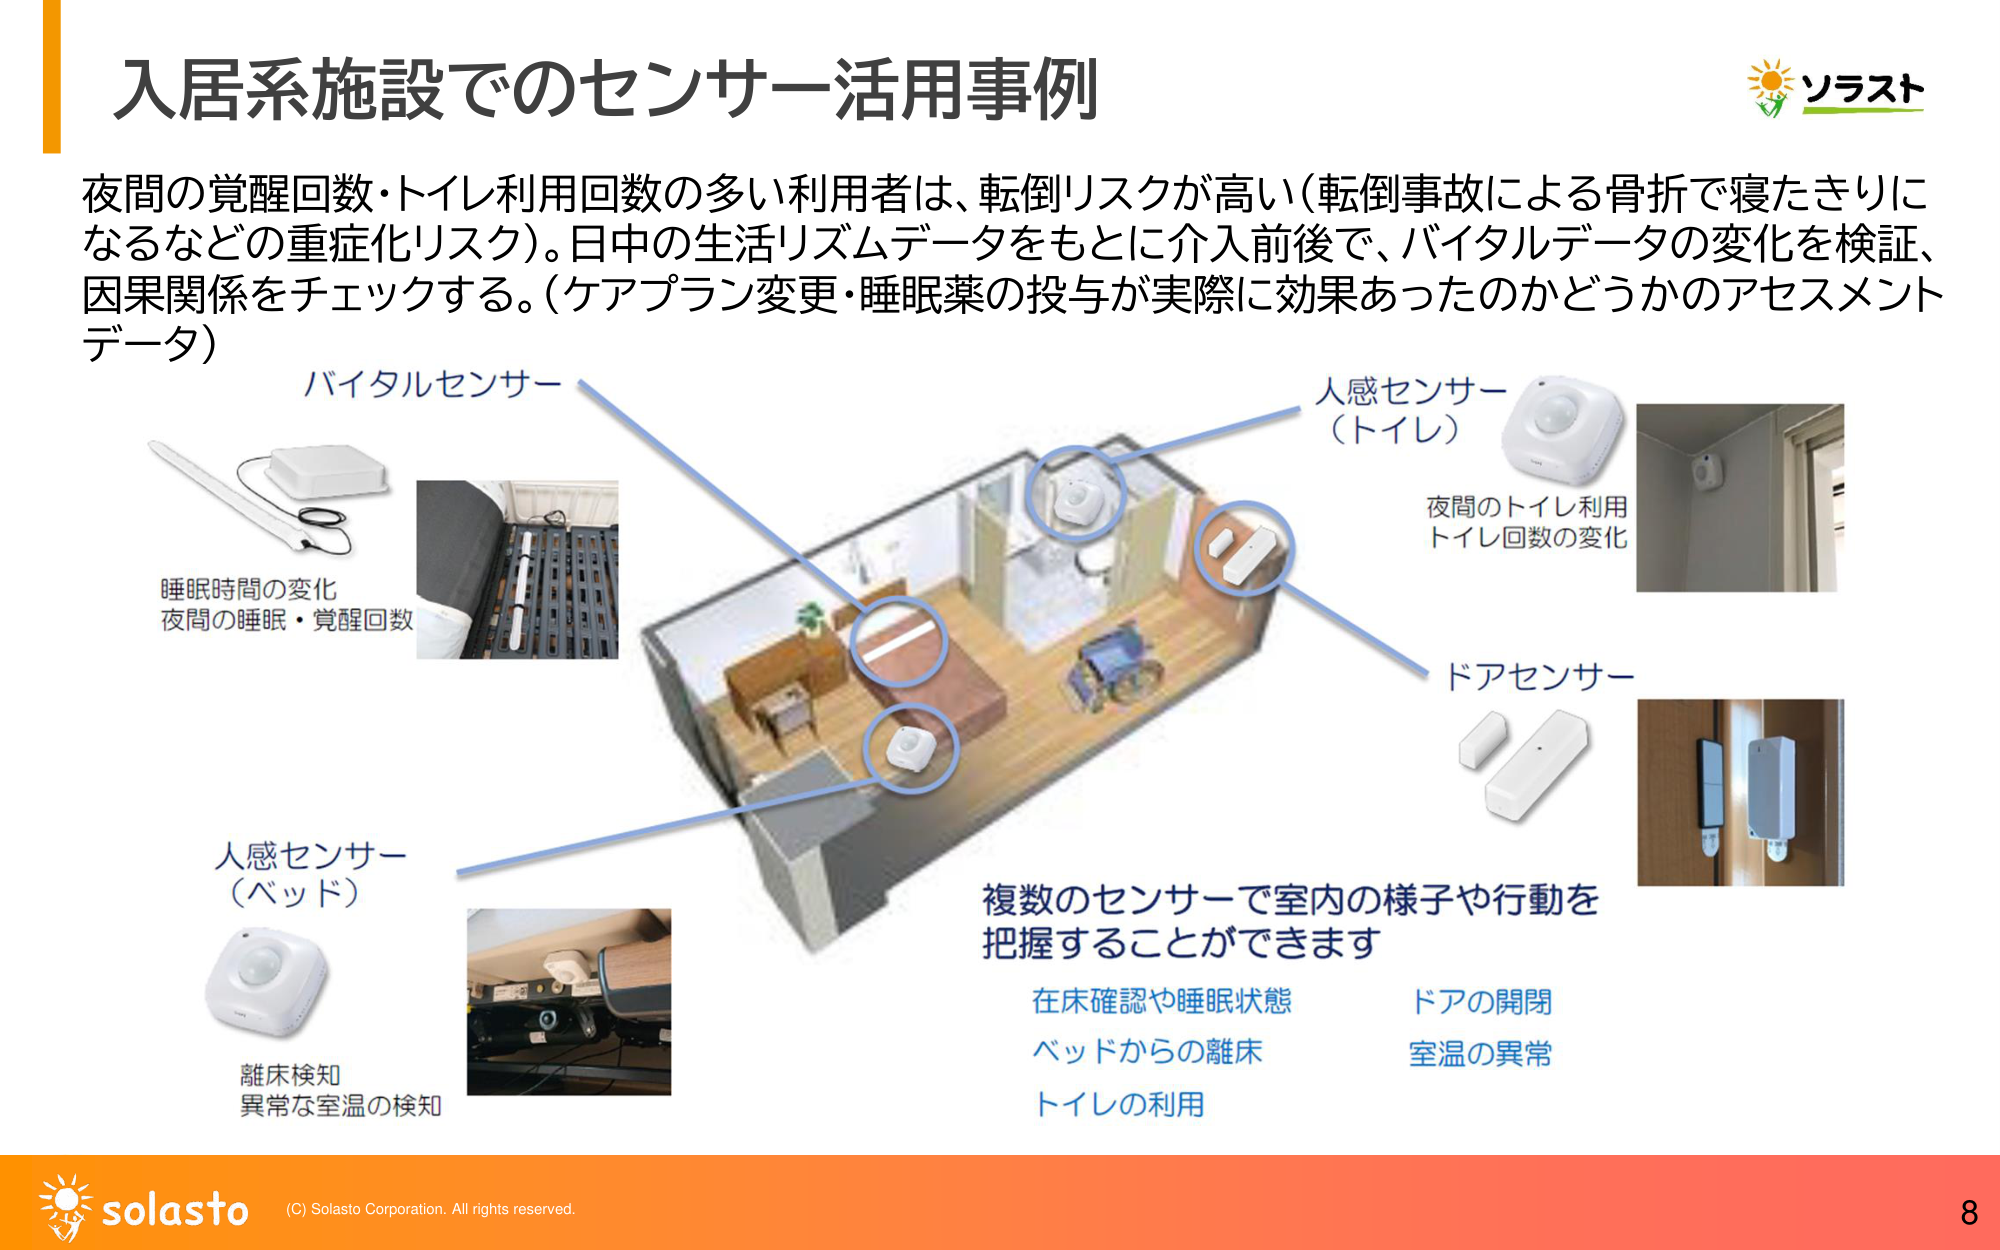
入居系施設でのセンサー活用事例

夜間の覚醒回数・トイレ利用回数の多い利用者は、転倒リスクが高い（転倒事故による骨折で寝たきりになるなどの重症化リスク）。日中の生活リズムデータをもとに介入前後で、バイタルデータの変化を検証、因果関係をチェックする。（ケアプラン変更・睡眠薬の投与が実際に効果あったのかどうかのアセスメントデータ）

バイタルセンサー
睡眠時間の変化
夜間の睡眠・覚醒回数

人感センサー（ベッド）
離床検知
異常な室温の検知

人感センサー（トイレ）
夜間のトイレ利用
トイレ回数の変化

ドアセンサー

複数のセンサーで室内の様子や行動を把握することができます
在床確認や睡眠状態
ベッドからの離床
トイレの利用
ドアの開閉
室温の異常

ソラスト

solasto
(C) Solasto Corporation. All rights reserved.
8